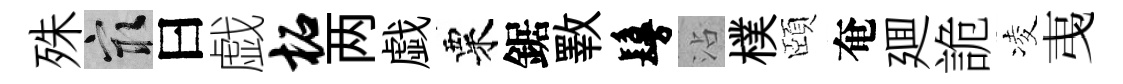
殊冣曰戯柘两戯粟鋸斁鬘沾樸頤奄廽詭凌𢎯